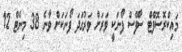
މައިކްރޮސޮފްޓް ސާފޭސް ފޯނަކީ ވަރަށް ވަރުގަދަ ފޯނަކަށް ވާނެ 38 މިނެޓް 12